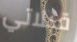
قبلاتي